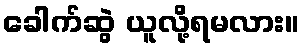
ခေါက်ဆွဲ ယူလို့ရမလား။